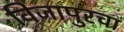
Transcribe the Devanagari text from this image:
विजापुरचा